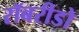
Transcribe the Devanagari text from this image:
रॉबरीडो